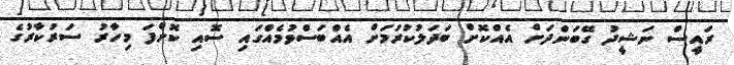
ރައީސް ނަޝީދު ގޭބަންދަށް އެއްކޮށް ބަދަލުކުރުމަށް އެއްބަސްވުމެއްގައި ސޮއި ކޮށްފަ މިހާރު ސަރުކާރުގެ